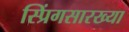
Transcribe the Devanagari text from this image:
स्प्रिंगसारख्या